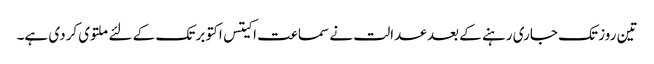
تین روز تک جاری رہنے کے بعد عدالت نے سماعت اکیتس اکتوبر تک کے لئے ملتوی کردی ہے۔